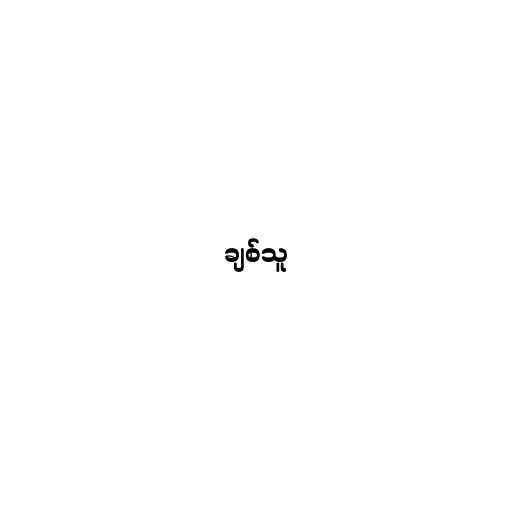
ချစ်သူ